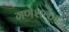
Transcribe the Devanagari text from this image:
गणेशकुंड